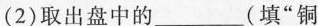
(2) 取出盘中的___(填”铜